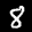
Label: 8